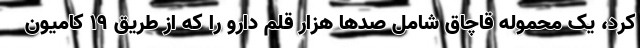
کرد، یک محموله قاچاق شامل صدها هزار قلم دارو را که از طریق ۱۹ کامیون